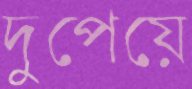
দুপেয়ে